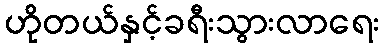
ဟိုတယ်နှင့်ခရီးသွားလာရေး